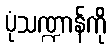
ပုံသဏ္ဍာန်ကို